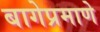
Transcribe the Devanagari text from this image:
बागेप्रमाणे